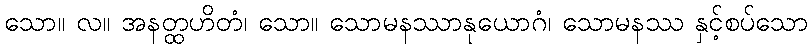
သော။ လ။ အနတ္ထဟိတံ၊ သော။ သောမနဿာနုယောဂံ၊ သောမနဿ နှင့်စပ်သော